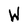
Character: W